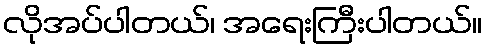
လိုအပ်ပါတယ်၊ အရေးကြီးပါတယ်။